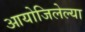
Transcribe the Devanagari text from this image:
आयोजिलेल्या